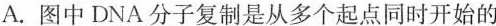
A.图中DNA分子复制是从多个起点同时开始的